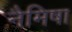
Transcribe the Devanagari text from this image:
नैमिषा